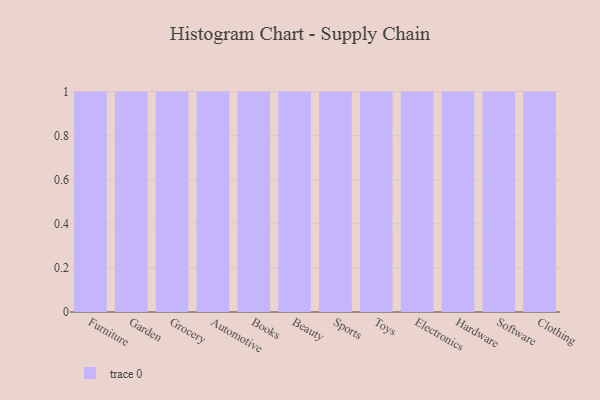
{"axis": {"x": "Category", "y": "Page Views"}, "legend": [""], "data": [{"x": "Furniture", "y": 88, "type": ""}, {"x": "Garden", "y": 96, "type": ""}, {"x": "Grocery", "y": 27, "type": ""}, {"x": "Automotive", "y": 41, "type": ""}, {"x": "Books", "y": 51, "type": ""}, {"x": "Beauty", "y": 73, "type": ""}, {"x": "Sports", "y": 47, "type": ""}, {"x": "Toys", "y": 14, "type": ""}, {"x": "Electronics", "y": 94, "type": ""}, {"x": "Hardware", "y": 34, "type": ""}, {"x": "Software", "y": 52, "type": ""}, {"x": "Clothing", "y": 96, "type": ""}]}